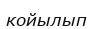
койылып